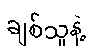
ချစ်သူနဲ့